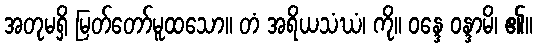
အတုမရှိ မြတ်တော်မူထသော။ တံ အရိယသံဃံ၊ ကို။ ဝန္ဒေ ဝန္ဒာမိ၊ ၏။